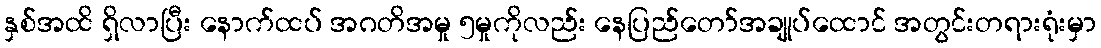
နှစ်အထိ ရှိလာပြီး နောက်ထပ် အဂတိအမှု ၅မှုကိုလည်း နေပြည်တော်အချုပ်ထောင် အတွင်းတရားရုံးမှာ